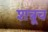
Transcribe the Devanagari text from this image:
शत्रूच